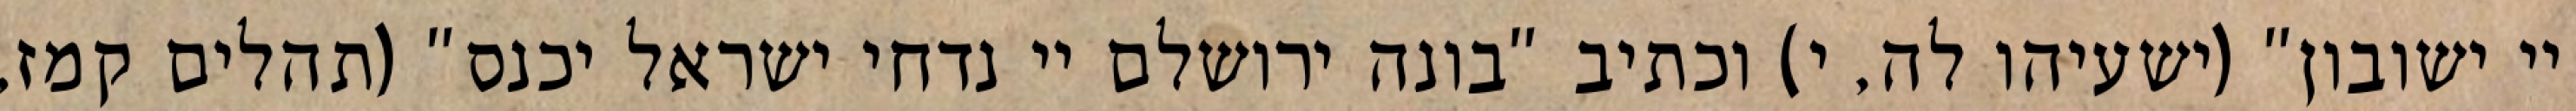
יי ישובון" (ישעיהו לה, י) וכתיב "בונה ירושלם יי נדחי ישראל יכנס" (תהלים קמז,